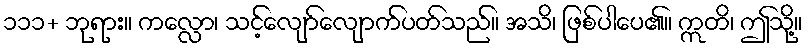
၁၁၁+ ဘုရား။ ကလ္လော၊ သင့်လျော်လျောက်ပတ်သည်။ အသိ၊ ဖြစ်ပါပေ၏။ ဣတိ၊ ဤသို့။